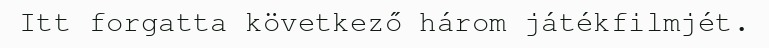
Itt forgatta következő három játékfilmjét.